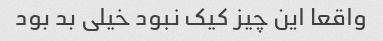
واقعا این چیز کیک نبود خیلی بد بود